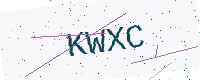
Text: KWXC